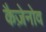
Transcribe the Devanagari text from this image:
कैज़ेनोव